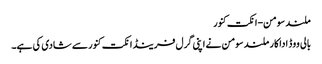
ملند سومن-انکت کنور
بالی ووڈ اداکار ملند سومن نے اپنی گرل فرینڈ انکت کنور سے شادی کی ہے۔